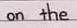
on the